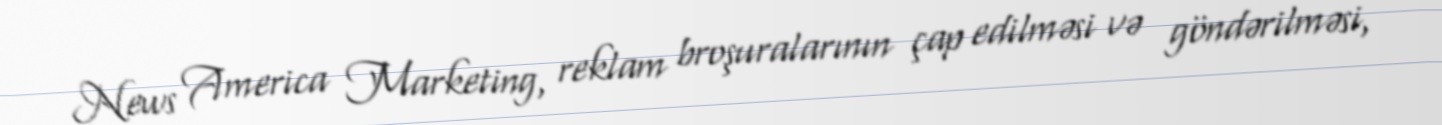
News America Marketing, reklam broşuralarının çap edilməsi və göndərilməsi,